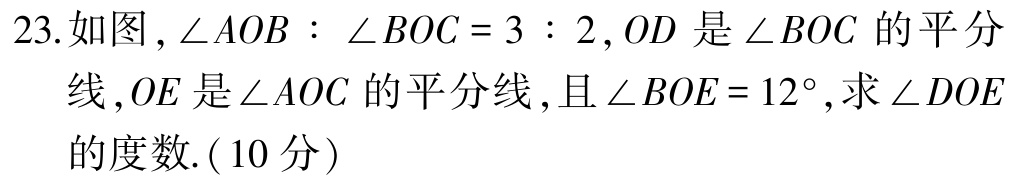
23. 如图，\(\angle AOB:\angle BOC = 3:2\)，\(OD\)是\(\angle BOC\)的平分线，\(OE\)是\(\angle AOC\)的平分线，且\(\angle BOE = 12^{\circ}\)，求\(\angle DOE\)的度数.（10分）